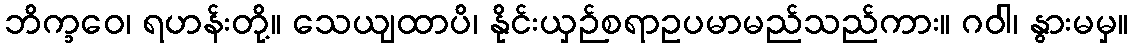
ဘိက္ခဝေ၊ ရဟန်းတို့။ သေယျထာပိ၊ နိုင်းယှဉ်စရာဥပမာမည်သည်ကား။ ဂဝါ၊ နွားမမှ။